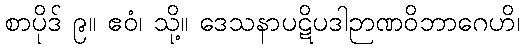
စာပိုဒ် ၉။ ဧဝံ၊ သို့။ ဒေသနာပဋိပဒါဉာဏဝိဘာဂေဟိ၊